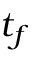
t _ { f }